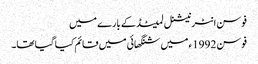
فوسن انٹرنیشنل لمیٹڈ کے بارے میں
فوسن 1992ء میں شنگھائی میں قائم کیا گیا تھا۔